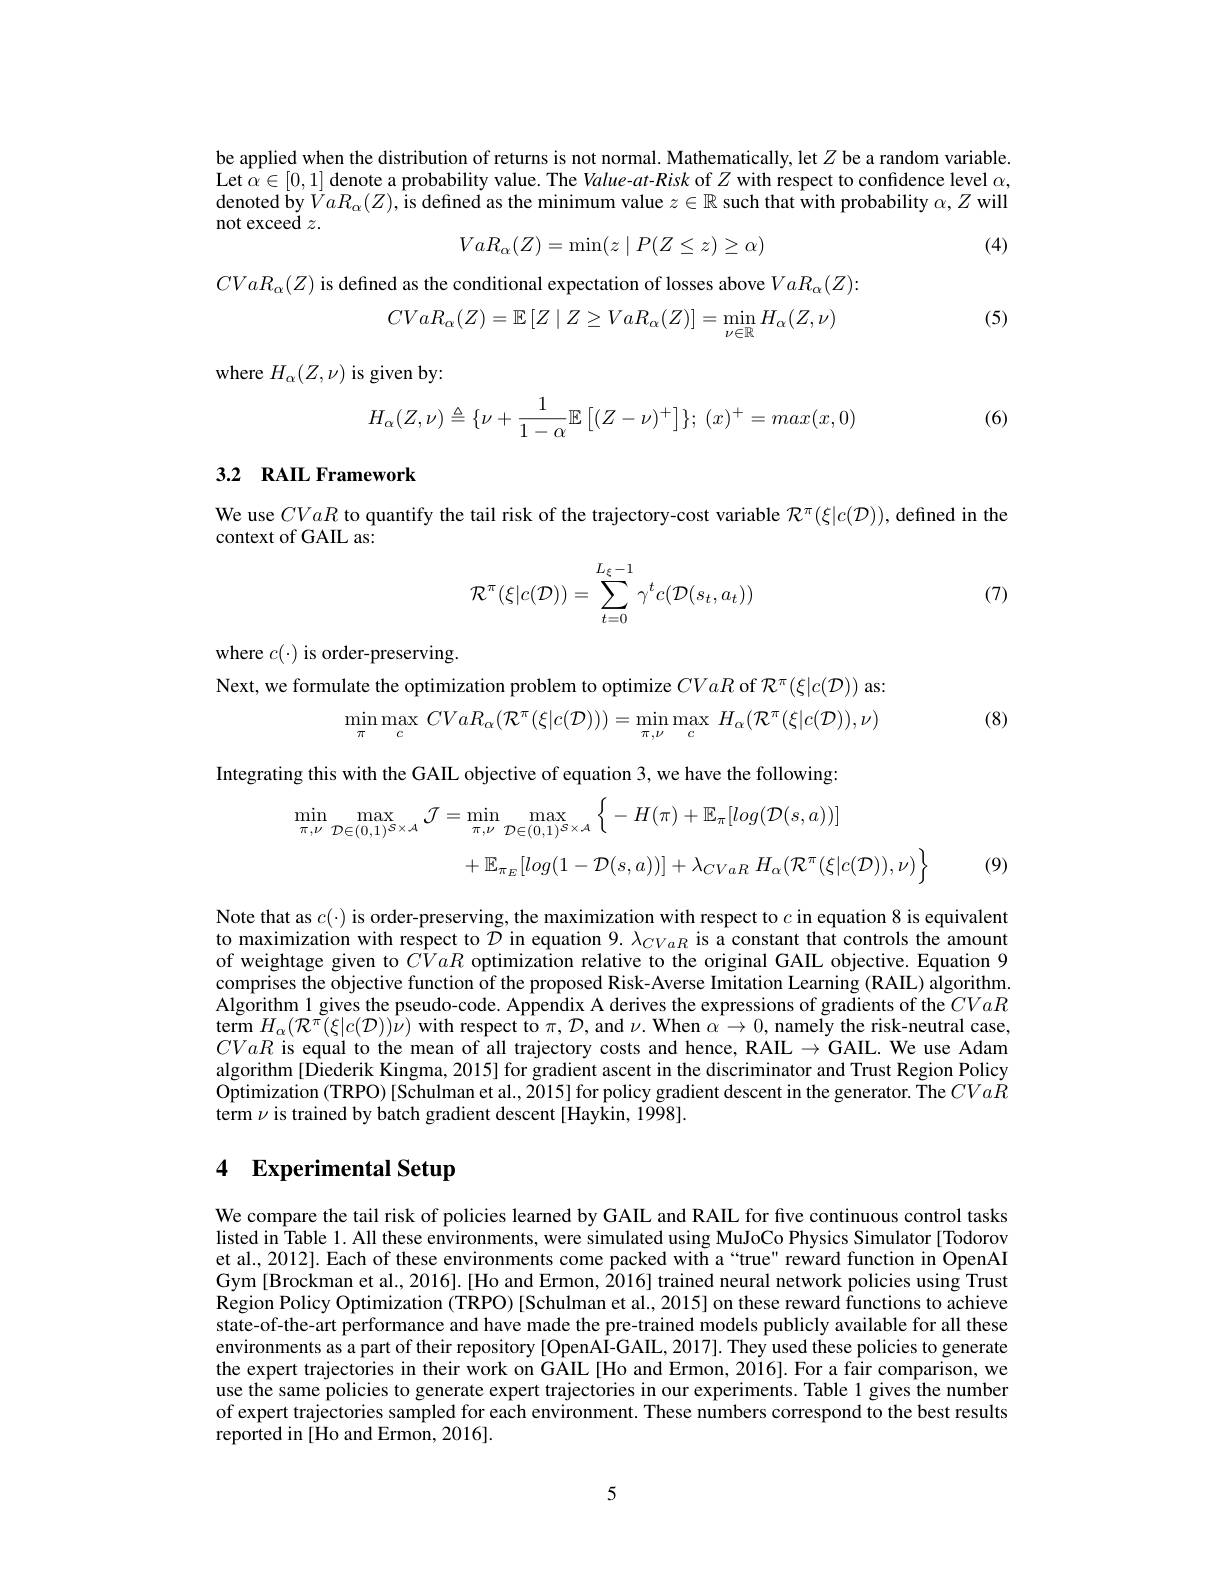
be applied when the distribution of returns is not normal. Mathematically, let $Z$ be a random variable Let $\alpha\in[0,1]$ denote a probability value. The Value-at-Risk of $Z$ with respect to confidence level $\alpha$, denoted by $\bar{V}aR_{\alpha}(Z)$, is defined as the minimum value $z\in\mathbb{R}$ such that with probability $\alpha,Z$ will not exceed $z.$
$$VaR_\alpha(Z)=\min(z\mid P(Z\leq z)\geq\alpha)$$
(4)

$CVaR_{\alpha}(Z)$ is defined as the conditional expectation of losses above $VaR_\alpha(Z):$
(5)
$$CVaR_\alpha(Z)=\mathbb{E}\left[Z\mid Z\ge VaR_\alpha(Z)\right]=\min\limits_{\nu\in\mathbb{R}}H_\alpha(Z,\nu)$$
where $H_\alpha(Z,\nu)$ is given by
$$H_\alpha(Z,\nu)\triangleq\{\nu+\frac{1}{1-\alpha}\mathbb{E}\left[(Z-\nu)^+\right]\};\:(x)^+=max(x,0)$$
(6)

# 3.2 RAIL Framework

We use CVaR to quantify the tail risk of the trajectory-cost variable $\mathcal{R}^\pi(\xi|c(\mathcal{D}))$, defined in the
context of GAIL as:
$$\mathcal{R}^\pi(\xi|c(\mathcal{D}))=\sum\limits_{t=0}^{L_\xi-1}\gamma^tc(\mathcal{D}(s_t,a_t))$$
(7)

where $c(\cdot)$ is order-preserving.
Next, we formulate the optimization problem to optimize CVaR of $\mathcal{R}^\pi(\xi|c(\mathcal{D}))$ as:
$$\operatorname*{min}_{\pi}\operatorname*{max}_{c}\:CVaR_{\alpha}(\mathcal{R}^{\pi}(\xi|c(\mathcal{D})))=\operatorname*{min}_{\pi,\nu}\operatorname*{max}_{c}\:H_{\alpha}(\mathcal{R}^{\pi}(\xi|c(\mathcal{D})),\nu)$$
(8)

Integrating this with the GAIL objective of equation 3, we have the following
$$\begin{aligned}\operatorname*{min}_{\pi,\nu}\operatorname*{max}_{\mathcal{D}\in(0,1)^{\mathcal{S}\times\mathcal{A}}}\mathcal{J}&=\operatorname*{min}_{\pi,\nu}\operatorname*{max}_{\mathcal{D}\in(0,1)^{\mathcal{S}\times\mathcal{A}}}\left\{-H(\pi)+\mathbb{E}_{\pi}[log(\mathcal{D}(s,a))]\right.\\&+\mathbb{E}_{\pi_{E}}[log(1-\mathcal{D}(s,a))]+\lambda_{CVaR}\:H_{\alpha}(\mathcal{R}^{\pi}(\xi|c(\mathcal{D})),\nu)\Big\}\end{aligned}$$
(9)

Note that as $c(\cdot)$ is order-preserving, the maximization with respect to $c$ in equation 8 is equivalent to maximization with respect to $\tilde{\mathcal{D}}$ in equation 9. $\lambda_CVaR$ is a constant that controls the amount of weightage given to $\hat{CV}aR\hat{\text{optimization relative to the original GAIL objective.Equation 9}}$ comprises the objective function of the proposed Risk-Averse Imitation Learning (RAIL) algorithm. Algorithm 1 gives the pseudo-code. Appendix A derives the expressions of gradients of the CVaR term $H_{\alpha}(\mathcal{R}^{\pi}(\xi|c(\mathcal{D}))\hat{\nu})$ with respect to $\pi,\mathcal{D}$,and $\nu.$ When $\alpha\to0$, namely the risk-neutral case CVaR is equal to the mean of all trajectory costs and hence, RAIL $\to$GAIL. We use Adam algorithm [Diederik Kingma, 2015] for gradient ascent in the discriminator and Trust Region Policy $\tilde{\text{Optimization (TRPO)[Schulman et al.,2015] for policy gradient descent in the generator. The }CVa\dot{R}}$ term $\nu$ is trained by batch gradient descent[Haykin, 1998].

# 4 Experimental Setup

We compare the tail risk of policies learned by GAIL and RAIL for five continuous control tasks listed in Table 1. All these environments, were simulated using MuJoCo Physics Simulator [Todorov et al., 2012]. Each of these environments come packed with a“true" reward function in OpenAI Gym [Brockman et al., 2016]. [Ho and Ermon, $\bar{2}016]$ trained neural network policies using Trust Region Policy Optimization (TRPO) [Schulman et al., 2015] on these reward functions to achieve state-of-the-art performance and have made the pre-trained models publicly available for all these environments as a part of their repository [OpenAI-GAIL, 2017]. They used these policies to generate the expert trajectories in their work on GAIL [Ho and Ermon, 2016]. For a fair comparison, we use the same policies to generate expert trajectories in our experiments. Table 1 gives the number of expert trajectories sampled for each environment. These numbers correspond to the best results reported in [Ho and Ermon, 2016].

5